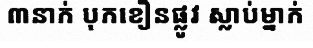
៣នាក់ បុកខឿនផ្លូវ ស្លាប់ម្នាក់